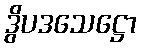
ဒွိပဒသေဋ္ဌော